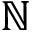
\mathbb { N }